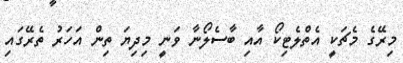
މިރޭގެ މެޗަކީ އެތްލެޓިކޯ އާއި ބާސެލޯނާ ވަނީ މިދިޔަ ތިން އަހަރު ތެރޭގައި